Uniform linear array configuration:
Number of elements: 48
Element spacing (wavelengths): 0.25
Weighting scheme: hann
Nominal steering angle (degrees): -60
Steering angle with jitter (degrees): -58.815
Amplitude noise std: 0.05
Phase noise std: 0.05

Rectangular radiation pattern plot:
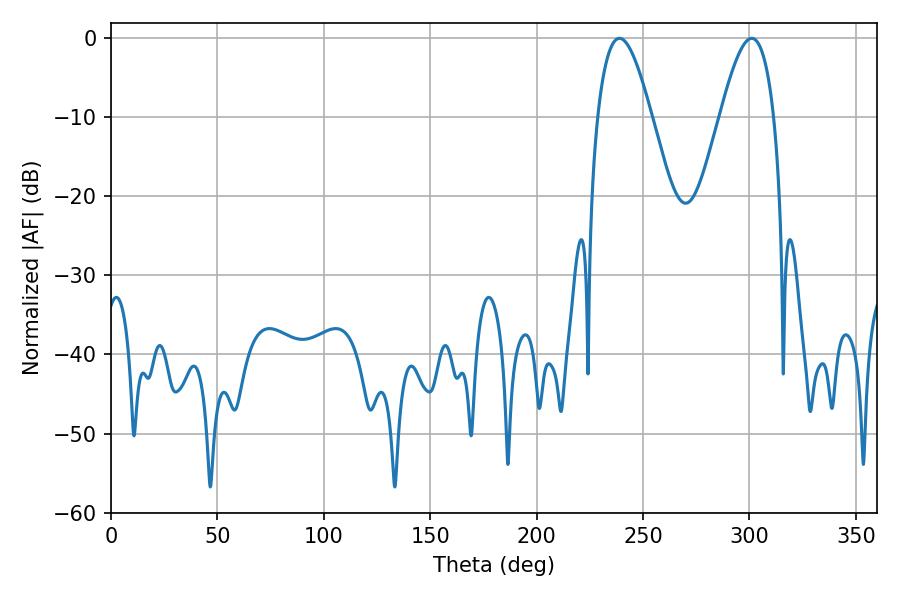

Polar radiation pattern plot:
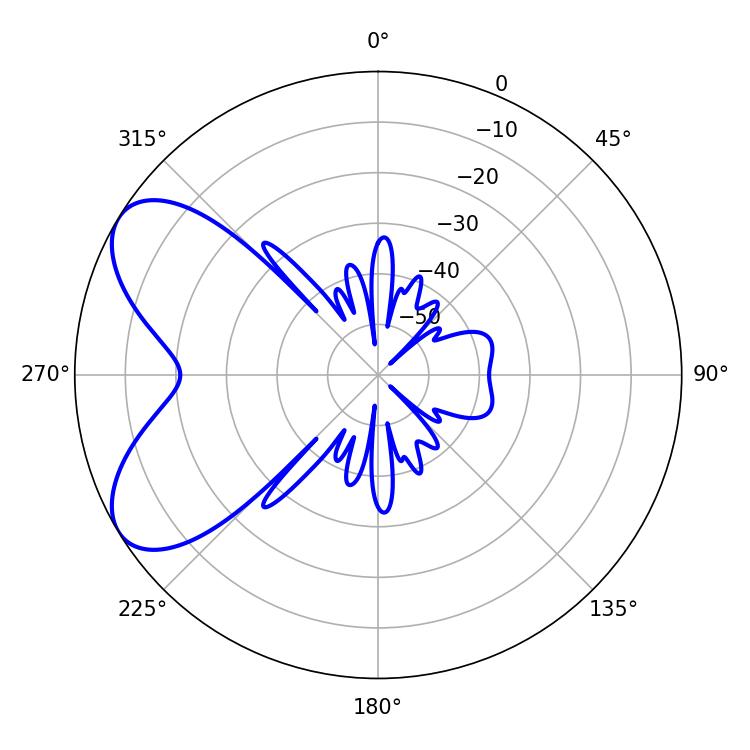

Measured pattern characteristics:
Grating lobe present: FALSE
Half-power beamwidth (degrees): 13.86
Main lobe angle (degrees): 238.86